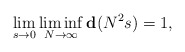
\begin{align*}\lim_{s\to 0}\liminf_{N\to \infty} {\bf d}(N^2s)=1,\end{align*}